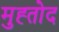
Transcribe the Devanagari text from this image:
मुह्तोद